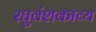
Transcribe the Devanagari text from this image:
रघुवंशकाव्य